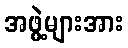
အဖွဲ့များအား